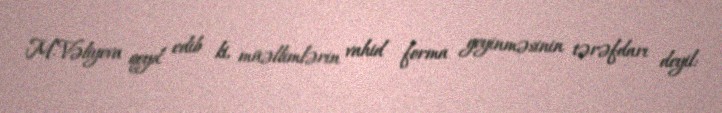
M.Vəliyeva qeyd edib ki, müəllimlərin vahid forma geyinməsinin tərəfdarı deyil: